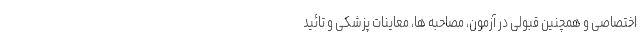
اختصاصی و همچنین قبولی در آزمون، مصاحبه ها، معاینات پزشکی و تائید